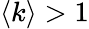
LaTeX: \langle k\rangle>1